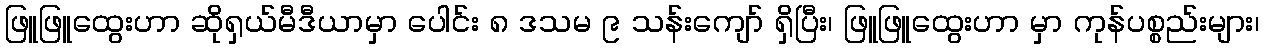
ဖြူဖြူထွေးဟာ ဆိုရှယ်မီဒီယာမှာ ပေါင်း ၈ ဒသမ ၉ သန်းကျော် ရှိပြီး၊ ဖြူဖြူထွေးဟာ မှာ ကုန်ပစ္စည်းများ၊